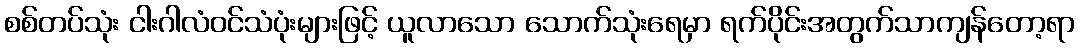
စစ်တပ်သုံး ငါးဂါလံဝင်သံပုံးများဖြင့် ယူလာသော သောက်သုံးရေမှာ ရက်ပိုင်းအတွက်သာကျန်တော့ရာ